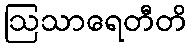
ဩသာရေတီတိ